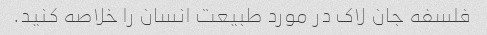
فلسفه جان لاک در مورد طبیعت انسان را خلاصه کنید.